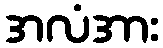
အလံအား